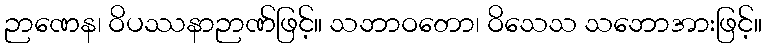
ဉာဏေန၊ ဝိပဿနာဉာဏ်ဖြင့်။ သဘာဝတော၊ ဝိသေသ သဘောအားဖြင့်။